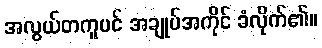
အလွယ်တကူပင် အချုပ်အကိုင် ခံလိုက်၏။